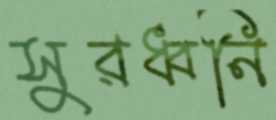
সুরধ্বনি